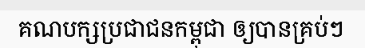
គណបក្សប្រជាជនកម្ពុជា ឲ្យបានគ្រប់ៗ